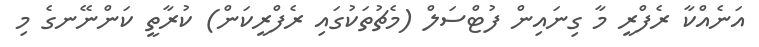
އަނެއްކާ ރެފްރީ މާ ގިިނައިން ފުޓްސަލް (މެޗުތަކުގައި ރެފްރީކަން) ކުރާތީ ކަންނޭނގެ މި